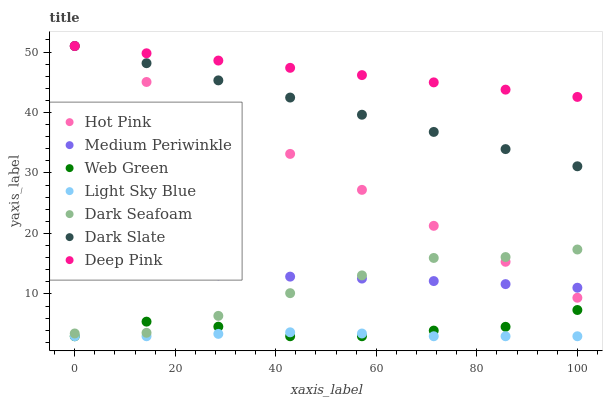
| xaxis_label | Hot Pink | Medium Periwinkle | Web Green | Light Sky Blue | Dark Seafoam | Dark Slate | Deep Pink |
 | --- | --- | --- | --- | --- | --- | --- | --- |
 | 0 | 51 | 13.3 | 3 | 3 | 3.46 | 51 | 51 |
 | 14.3 | 45.1 | 13.2 | 5.42 | 3 | 3.57 | 48.2 | 49.8 |
 | 28.6 | 39.1 | 13.1 | 4.58 | 3.39 | 6.37 | 45.3 | 48.6 |
 | 42.9 | 33.2 | 12.9 | 3 | 3.65 | 10.1 | 42.5 | 47.4 |
 | 57.1 | 27.2 | 12.5 | 3 | 3.45 | 13.1 | 39.6 | 46.2 |
 | 71.4 | 21.3 | 12.1 | 3.94 | 3 | 15.9 | 36.8 | 45 |
 | 85.7 | 15.3 | 11.6 | 4.56 | 3 | 16.1 | 34 | 43.8 |
 | 100 | 9.37 | 11 | 7.34 | 3 | 17.3 | 31.1 | 42.6 |